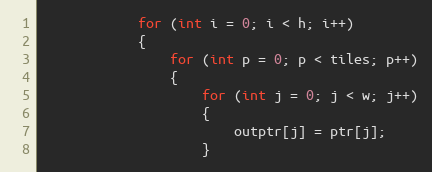
Language: C++
            for (int i = 0; i < h; i++)
            {
                for (int p = 0; p < tiles; p++)
                {
                    for (int j = 0; j < w; j++)
                    {
                        outptr[j] = ptr[j];
                    }